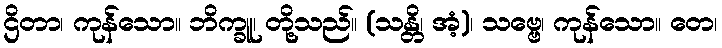
ဌိတာ၊ ကုန်သော။ ဘိက္ခူ၊ တို့သည်။ (သန္တိ၊ အံ့)၊ သဗ္ဗေ၊ ကုန်သော။ တေ၊